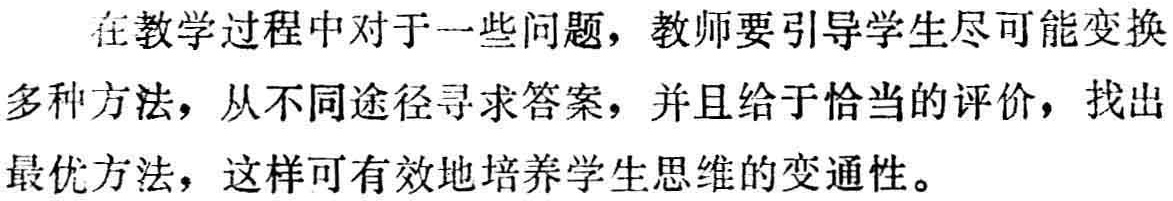
在教学过程中对于一些问题，教师要引导学生尽可能变换多种方法，从不同途径寻求答案，并且给于恰当的评价，找出最优方法，这样可有效地培养学生思维的变通性。